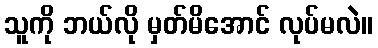
သူကို ဘယ်လို မှတ်မိအောင် လုပ်မလဲ။